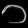
Digit: ၁